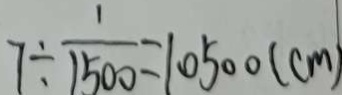
7 \div \frac { 1 } { 1 5 0 0 } = 1 0 5 0 0 ( c m )